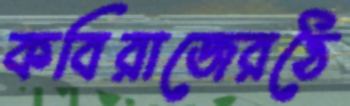
কবিরাজেরঠে